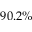
9 0 . 2 \%